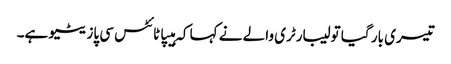
تیسری بار گیا تو لیبارٹری والے نے کہا کہ ہیپاٹائٹس سی پازیٹیو ہے۔